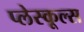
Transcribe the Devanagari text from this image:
प्लेस्कूल्स